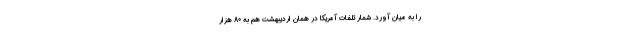
را به میان آورد. شمار تلفات آمریکا در همان اردیبهشت هم به 80 هزار